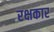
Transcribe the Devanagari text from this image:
रक्षकार